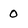
Character: 0